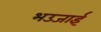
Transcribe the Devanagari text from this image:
भउजाईं